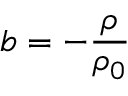
b = - \frac { \rho } { \rho _ { 0 } }